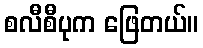
စလီစီပုက ဖြေတယ်။